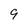
Character: 9